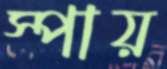
স্পায়